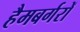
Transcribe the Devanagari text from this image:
हैमबर्गरों